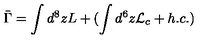
\bar { \Gamma } = \int d ^ { 8 } z L + ( \int d ^ { 6 } z { \cal L } _ { c } + h . c . )